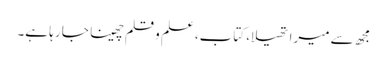
مجھ سے میرا تھیلا، کتاب، علم و قلم چھینا جا رہا ہے۔